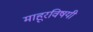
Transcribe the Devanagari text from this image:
माहूरविषयी